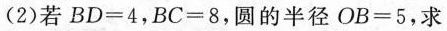
2)若$$B D = 4$$，$$B C = 8$$，圆的半径$$O B = 5$$，求